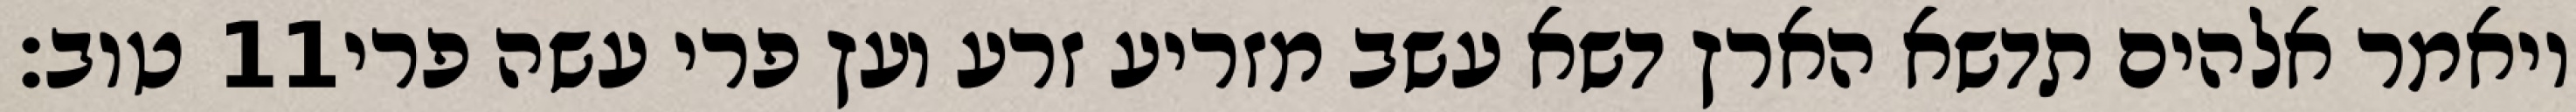
טוב׃ ‎11‏ ויאמר אלהים תדשא הארץ דשא עשב מזריע זרע ועץ פרי עשה פרי